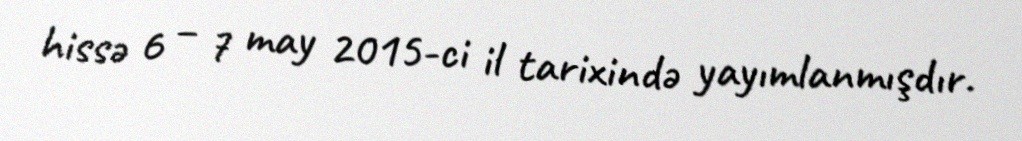
hissə 6 – 7 may 2015-ci il tarixində yayımlanmışdır.